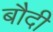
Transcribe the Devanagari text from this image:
बौदी